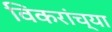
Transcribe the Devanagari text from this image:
विकरांच्या